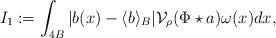
LaTeX: \begin{align*}I_1:=\int_{4B}|b(x)-\langle b\rangle_{B}|\mathcal{V}_\rho(\Phi\star a)\omega(x)dx,\end{align*}